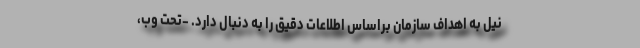
نیل به اهداف سازمان براساس اطلاعات دقیق را به دنبال دارد. -تحت وب،